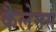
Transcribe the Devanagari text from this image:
कैलेमस